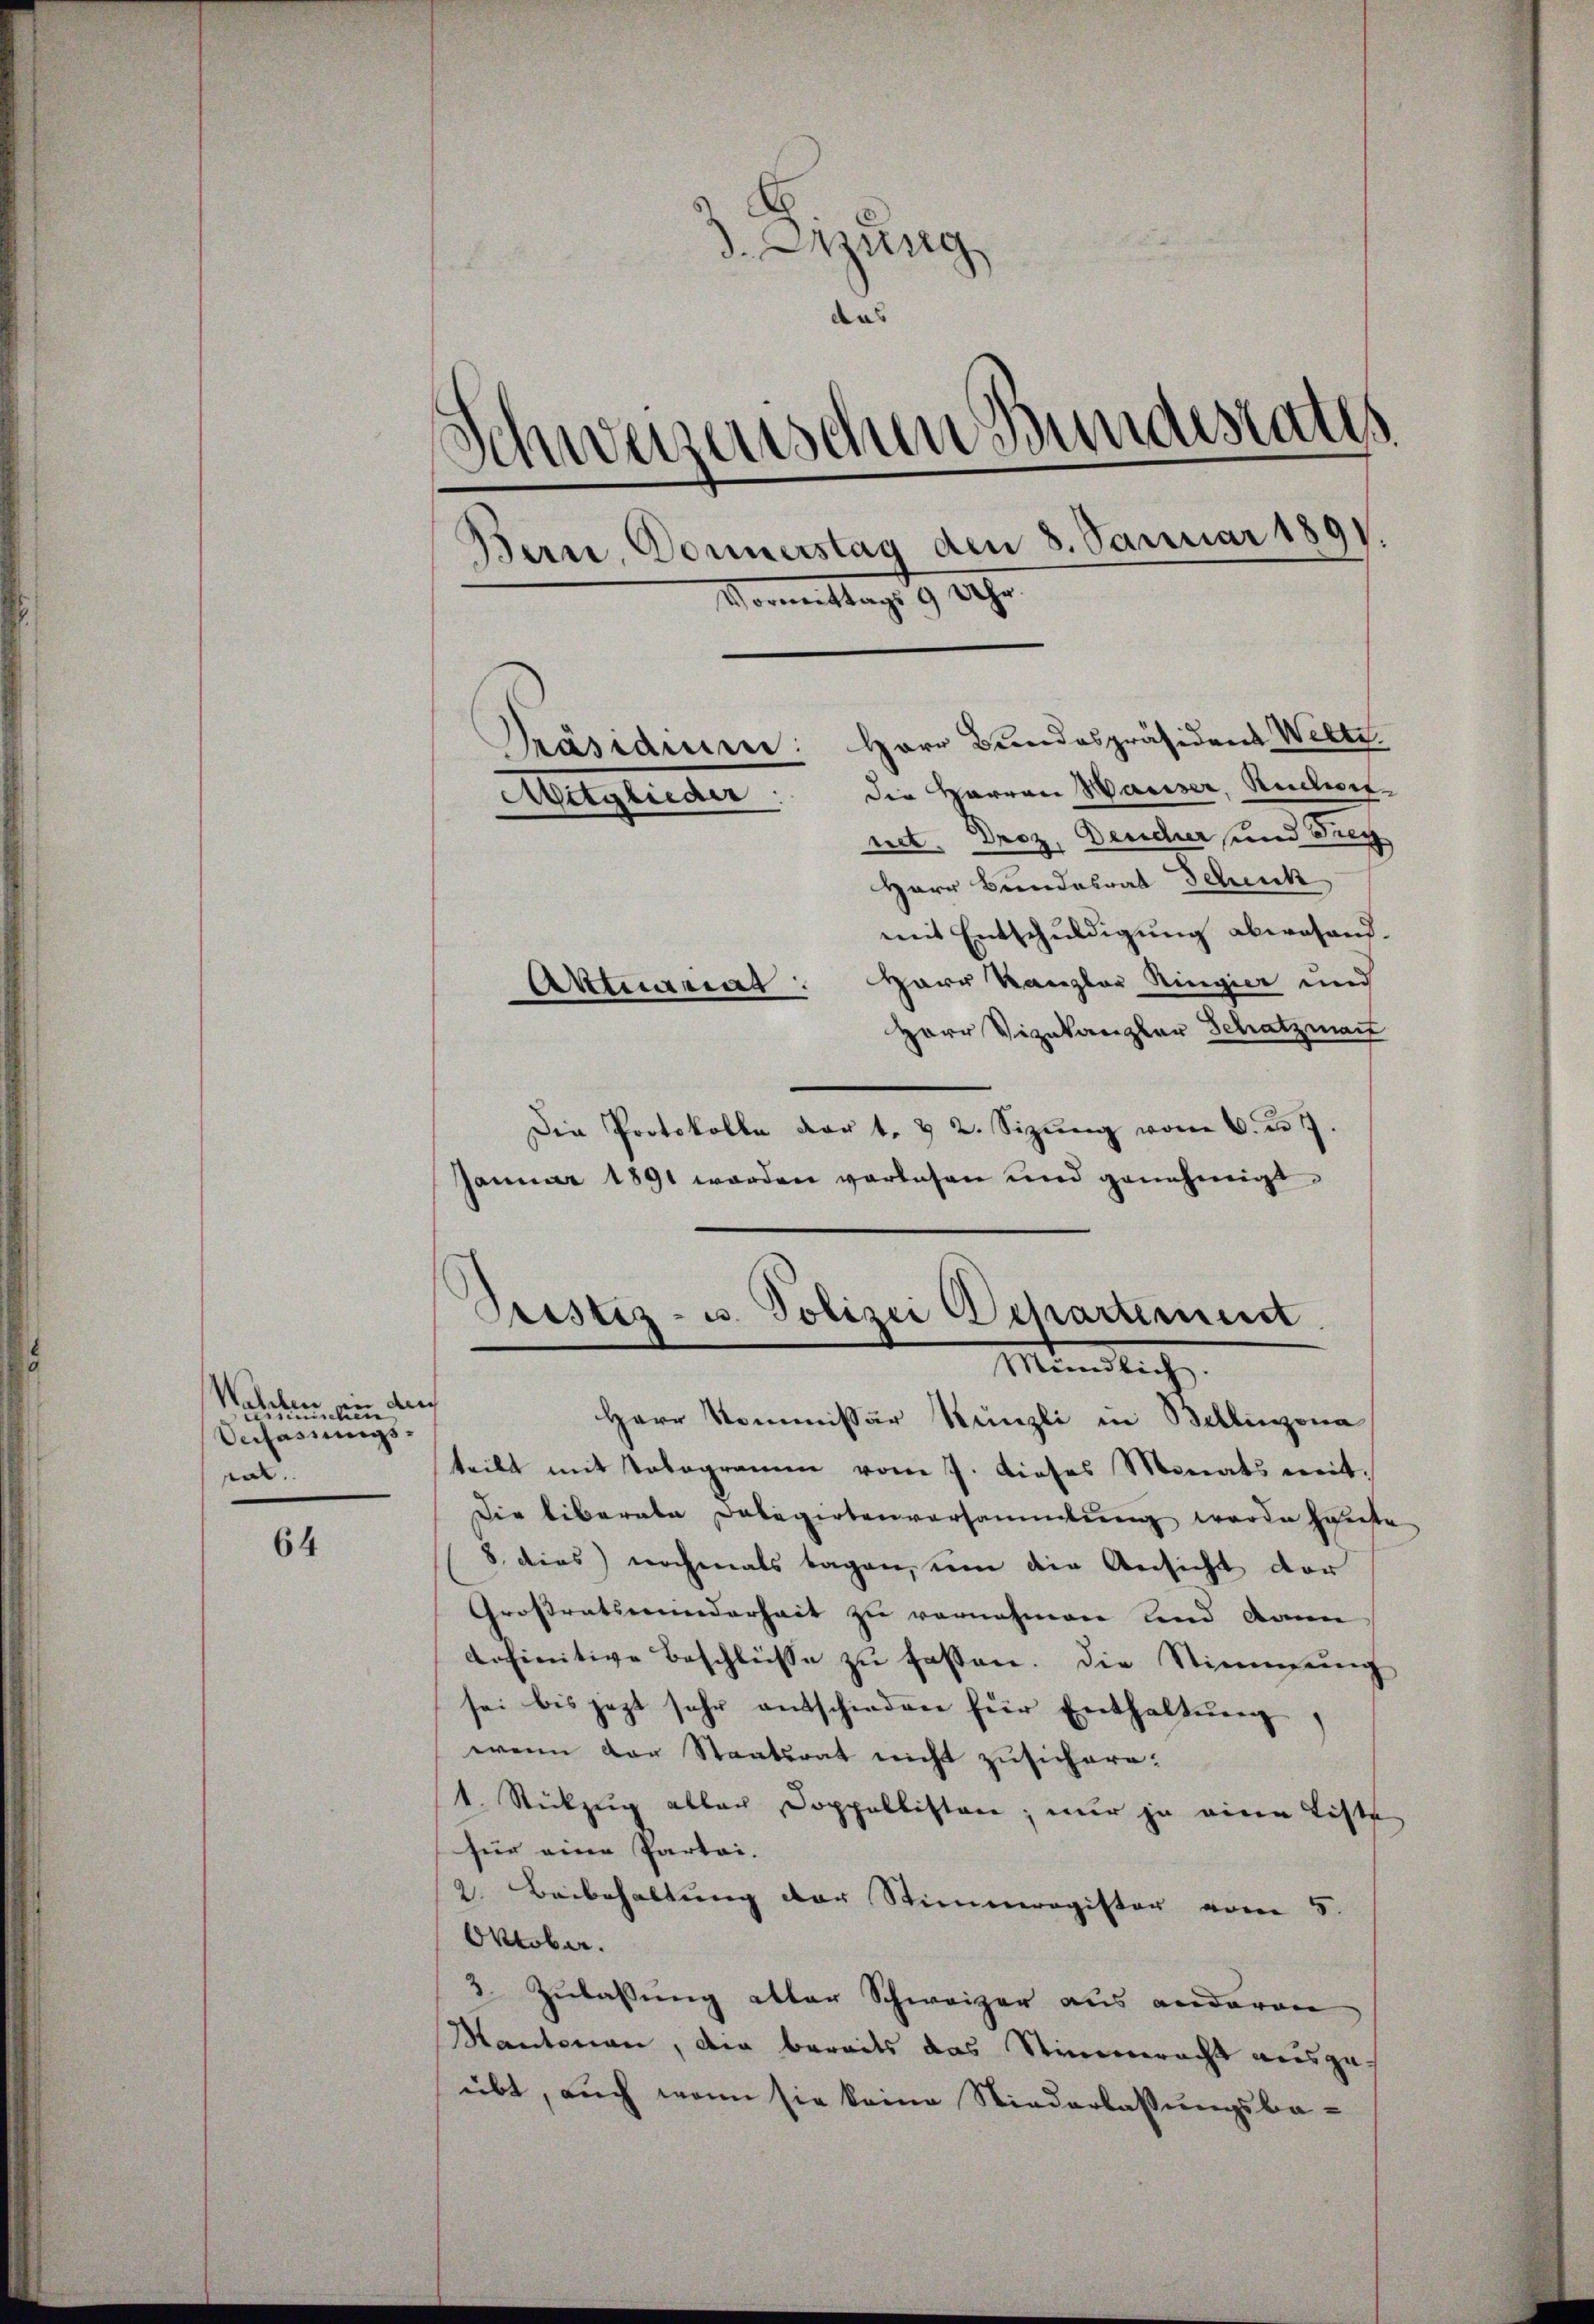
Wahlen
inmischen
Verfassungs-
ral.

64

d. Erzung
das
weisenschen Bundestates
¬
)
.
Bern, Donnerstag den 8. Januar 1891.
Vormittags 9 Uhr.

Präsidium: Herr Bundespräsident Welti.
Aueglieder. Die Herren Hauser, Ruchwenet. Droz, Deucher und Such
Herr Bundesrat Schick
mit Entschuldigung abwesend.
Aktuariat: Herr Kanzler Ringier und
Herr Vizekanzler Schatzman
Die Protokolle dar t. & 2. Sizŭng vom 6. d. 7.
Januar 1891 werden verlesen und genehmigt
d
Herr Kommissär Künzli in Bellinzona
teilt mit Totogramm vom 7. dieses Monats mit¬
Die liberale Delegirtenversammlung werde haute
8. dies nochmals tagen, um die Ansicht der
Grossratsmunderheit zu vornehmen und dann
definitive Beschlüsse zu fassen. Die Stimmung
sei bis jezt sehr entschieden für Enthaltung,
wenn der Staatsrat nicht zusichern:
1. Rückzug allen Doppellisten; nur ja eine Liste
für eine Partei.
2. Beibehaltung der Stimmregister vom 5.
Oktober.
3. Zulassung aller Schweizer aus anderen
Kantonen, die bereits das Stimmeracht ausgeübt, auch wenn sie keine Niederlassungsba¬

Pristiz- u. Polizei Departement
Mündlich.